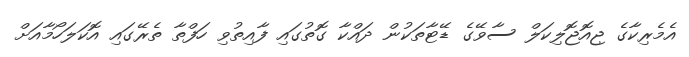
އެމެރިކާގެ ޖިއޮޖޮލިކަލް ސާވޭގެ ޑޭޓާތަކުން ދައްކާ ގޮތުގައި ފާއިތުވި ހަފްތާ ތެރޭގައި އޮކަލަހޯމާއަށް